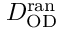
D _ { \mathrm { O D } } ^ { \mathrm { r a n } }